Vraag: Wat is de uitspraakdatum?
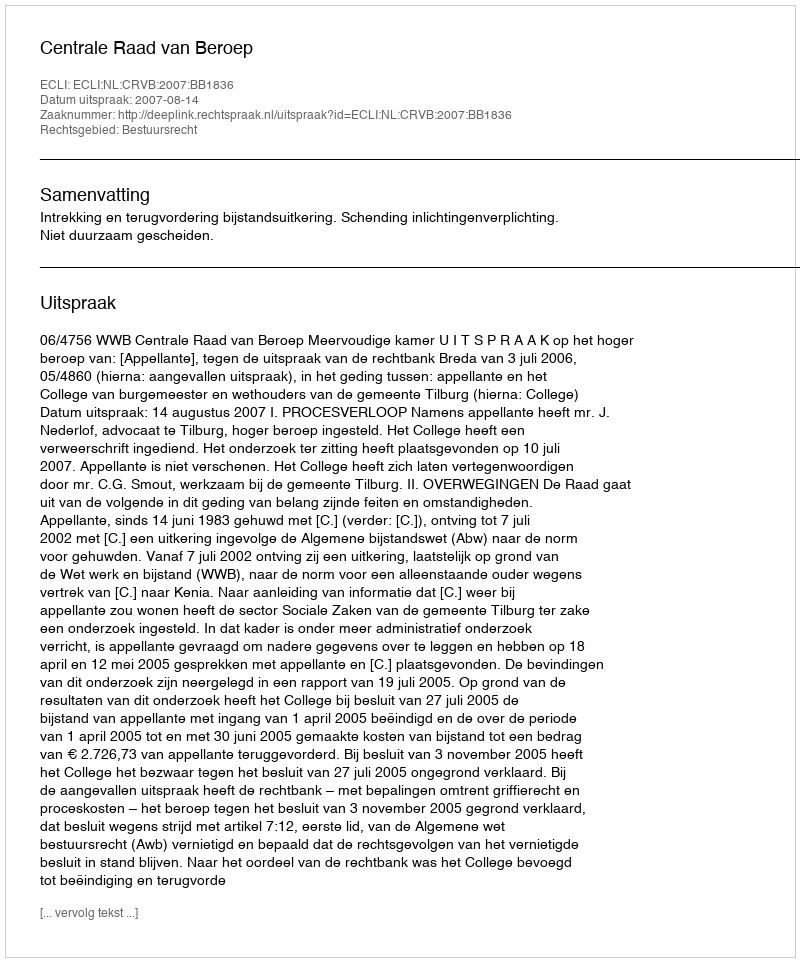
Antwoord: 2007-08-14